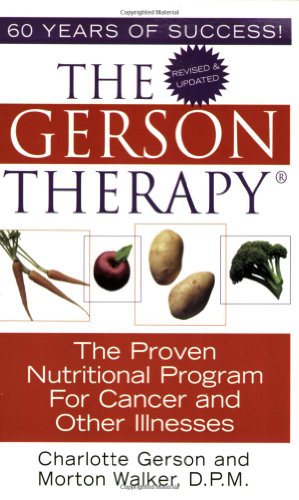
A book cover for The Gerson Therapy: The Proven Nutritional Program for Cancer and Other Illnesses; Charlotte Gerson; Health, Fitness & Dieting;